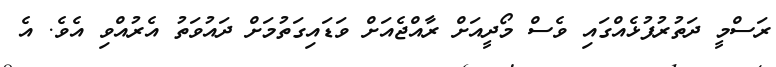
ރަސްމީ ދަތުރުފުޅެއްގައި ވެސް މޯދީއަށް ރާއްޖެއަށް ވަޑައިގަތުމަށް ދައުވަތު އެރުއްވި އެވެ. އެ